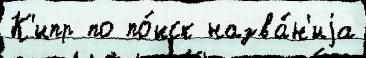
К'ипр по по́иск назва́н'иjа